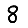
Digit: 8